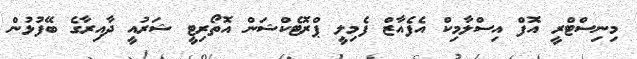
މިނިސްޓްރީ އޮފް އިސްލާމިކް އެފެއާޒް ފެމިލީ ޕްރޮޓެކްޝަން އޮތޯރިޓީ ޝަރުއީ ދާއިރާގެ ބޭފުޅުން